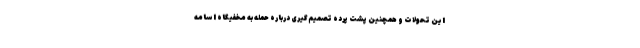
این تحولات و همچنین پشت پرده تصمیم‌گیری درباره حمله به مخفیگاه اسامه